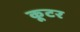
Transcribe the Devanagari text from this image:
कूटर